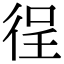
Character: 徎